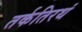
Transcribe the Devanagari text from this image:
तर्कतिरथं